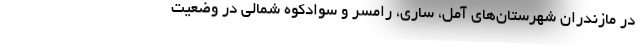
در مازندران شهرستان‌های آمل، ساری، رامسر و سوادکوه شمالی در وضعیت